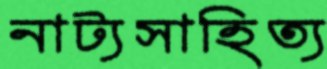
নাট্যসাহিত্য